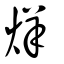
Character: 烊